Vaccine operations Central Provinces & Berar 1922-1929 - 1922-1929
Year: 1922
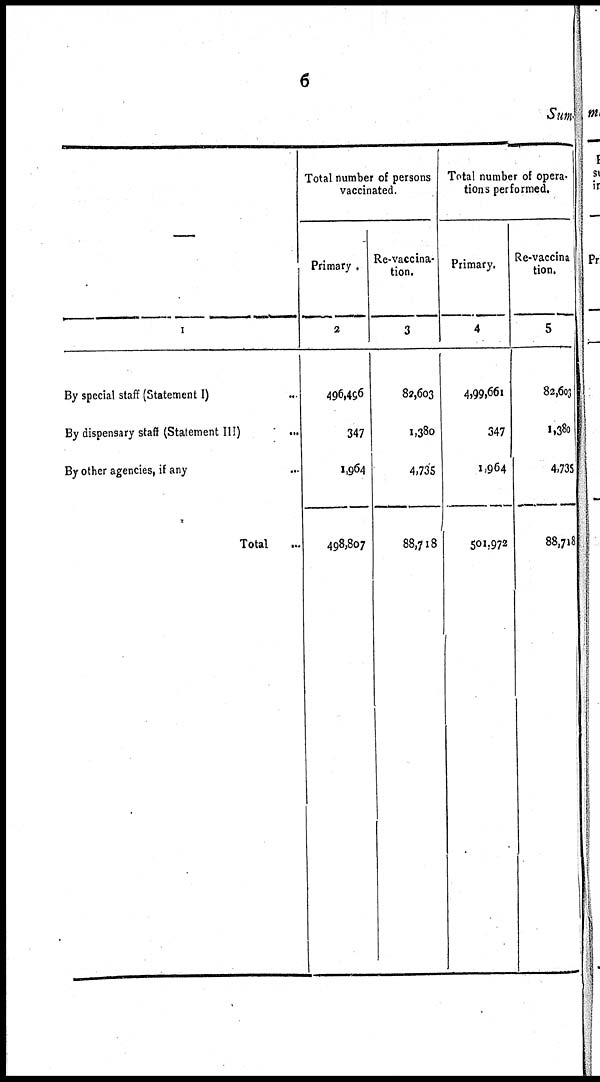
6
Sum
—
1
By special staff (Statement I) ...
By dispensary staff (Statement III)
...
By other agencies, if any ...
Total ...
Total number of persons
vaccinated.
Primary.
2
496,496
347
1,964
498,807
Re-vaccina¬
tion.
3
82,603
1,380
4,735
88,718
Total number of opera¬
tions performed.
Primary.
4
4,99,661
347
1,964
501,972
Re-vaccina
tion.
5
82,603
1,380
4,735
88,718